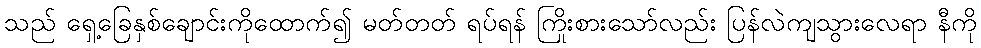
သည် ရှေ့ခြေနှစ်ချောင်းကိုထောက်၍ မတ်တတ် ရပ်ရန် ကြိုးစားသော်လည်း ပြန်လဲကျသွားလေရာ နီကို